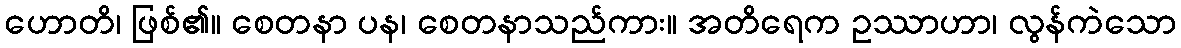
ဟောတိ၊ ဖြစ်၏။ စေတနာ ပန၊ စေတနာသည်ကား။ အတိရေက ဥဿာဟာ၊ လွန်ကဲသော